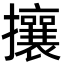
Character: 攘